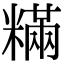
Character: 䊟